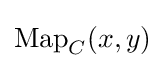
\operatorname {Map} _{C}(x,y)